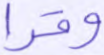
وقرا